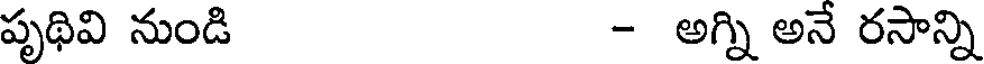
పృథివి నుండి - అగ్ని అనే రసాన్ని